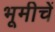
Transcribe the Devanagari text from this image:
भूमीचें